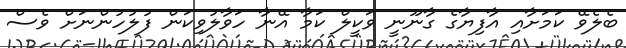
ބެލެވޭ ކަމަށާއި އާފިޔާގެ ގާނޫނީ ވަކީލް ކަމާ އޭނާ ހަވާލުވިކަން ފުލުހުންނަށް ވެސް